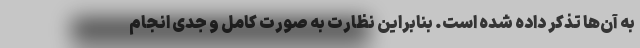
به آن‌ها تذکر داده شده است. بنابراین نظارت به صورت کامل و جدی انجام